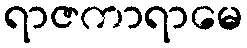
ရာဇကာရာမေ